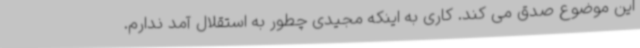
این موضوع صدق می کند. کاری به اینکه مجیدی چطور به استقلال آمد ندارم.